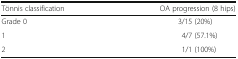
<table><thead><tr><td><b>Tönnis classification</b></td><td><b>OA progression (8 hips)</b></td></tr></thead><tbody><tr><td>Grade 0</td><td>3/15 (20%)</td></tr><tr><td>1</td><td>4/7 (57.1%)</td></tr><tr><td>2</td><td>1/1 (100%)</td></tr></tbody></table>